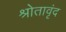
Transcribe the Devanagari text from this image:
श्रोतावृंद